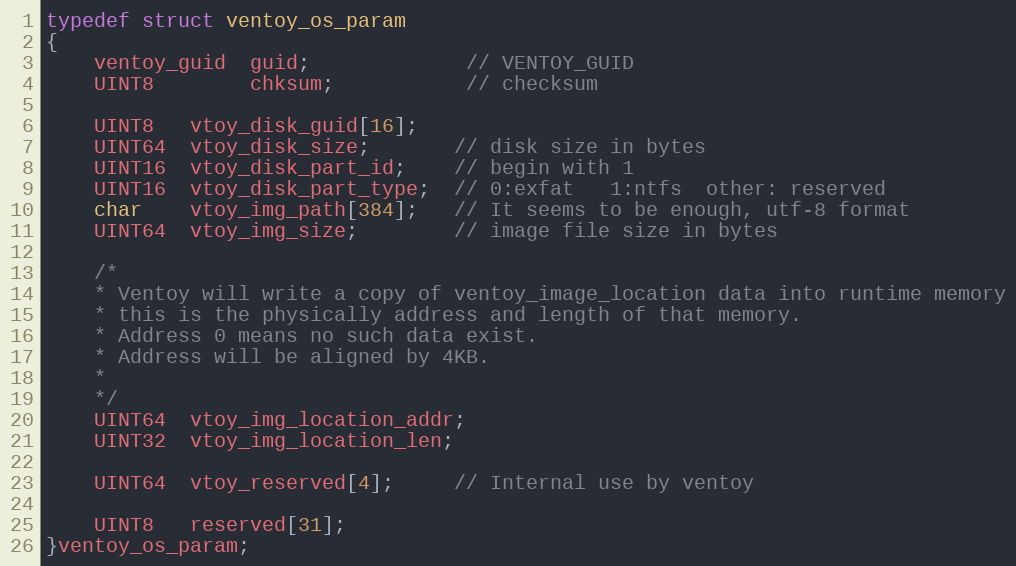
Language: C
typedef struct ventoy_os_param
{
	ventoy_guid  guid;             // VENTOY_GUID
	UINT8        chksum;           // checksum

	UINT8   vtoy_disk_guid[16];
	UINT64  vtoy_disk_size;       // disk size in bytes
	UINT16  vtoy_disk_part_id;    // begin with 1
	UINT16  vtoy_disk_part_type;  // 0:exfat   1:ntfs  other: reserved
	char    vtoy_img_path[384];   // It seems to be enough, utf-8 format
	UINT64  vtoy_img_size;        // image file size in bytes

	/*
	* Ventoy will write a copy of ventoy_image_location data into runtime memory
	* this is the physically address and length of that memory.
	* Address 0 means no such data exist.
	* Address will be aligned by 4KB.
	*
	*/
	UINT64  vtoy_img_location_addr;
	UINT32  vtoy_img_location_len;

	UINT64  vtoy_reserved[4];     // Internal use by ventoy

	UINT8   reserved[31];
}ventoy_os_param;